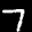
Label: 7